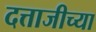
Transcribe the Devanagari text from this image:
दत्ताजीच्या